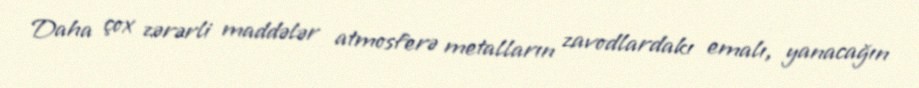
Daha çox zərərli maddələr atmosferə metalların zavodlardakı emalı, yanacağın